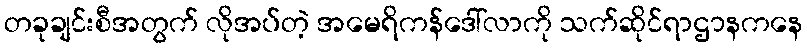
တခုချင်းစီအတွက် လိုအပ်တဲ့ အမေရိကန်ဒေါ်လာကို သက်ဆိုင်ရာဌာနကနေ